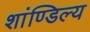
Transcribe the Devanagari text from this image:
शांण्डिल्य